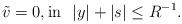
LaTeX: \begin{align*} \tilde{v} = 0, \mathrm{in} \ \ |y| + |s| \le R^{-1}.\end{align*}